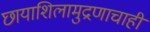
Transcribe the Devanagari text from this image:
छायाशिलामुद्रणाचाही